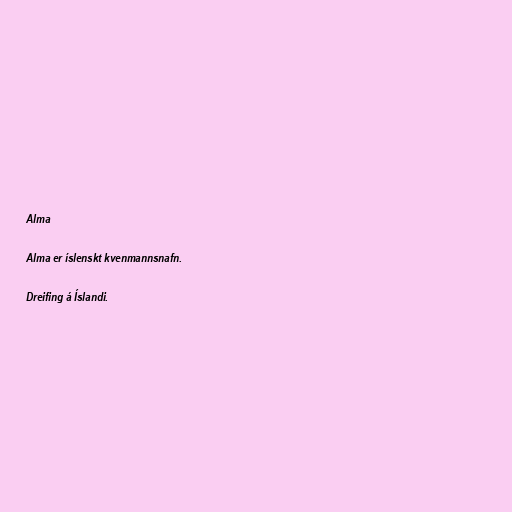
Alma

Alma er íslenskt kvenmannsnafn.

Dreifing á Íslandi.